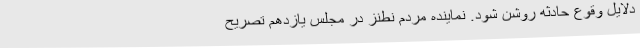
دلایل وقوع حادثه روشن شود. نماینده مردم نطنز در مجلس یازدهم تصریح